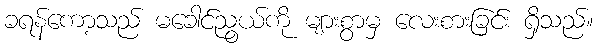
ခရန်ကော့သည် မခေါင်ညွယ်ကို များစွာမှ လေးစားခြင်း ရှိသည်။